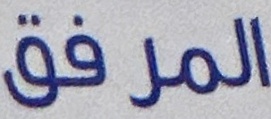
المرفق